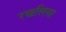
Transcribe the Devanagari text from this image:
रखलिया